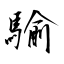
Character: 騟